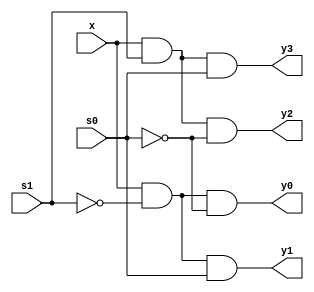
`timescale 1ns / 1ps
//////////////////////////////////////////////////////////////////////////////////
// Company: NIST
// 
// Design Name: 1 TO 4 DEMULTIPLEXER USING DATAFLOW MODELLING
// Module Name: Demux1x4data

// Dependencies: 
// 
// Revision:
// Revision 0.01 - File Created
// Additional Comments:
// 
//////////////////////////////////////////////////////////////////////////////////


module Demux1x4data(
    input x,
    input s0,
    input s1,
    output y0,
    output y1,
    output y2,
    output y3
    );
    assign y0= x & (~s1)&(~s0);
    assign y1= x & (~s1)&(s0);
    assign y2= x & (s1)&(~s0);
    assign y3= x & (s1)&(s0);
endmodule